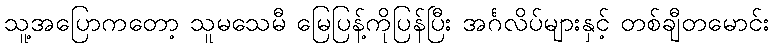
သူ့အပြောကတော့ သူမသေမီ မြေပြန့်ကိုပြန်ပြီး အင်္ဂလိပ်များနှင့် တစ်ချီတမောင်း